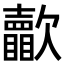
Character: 𣤺